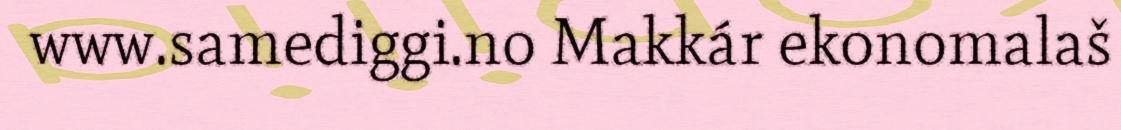
www.samediggi.no Makkár ekonomalaš